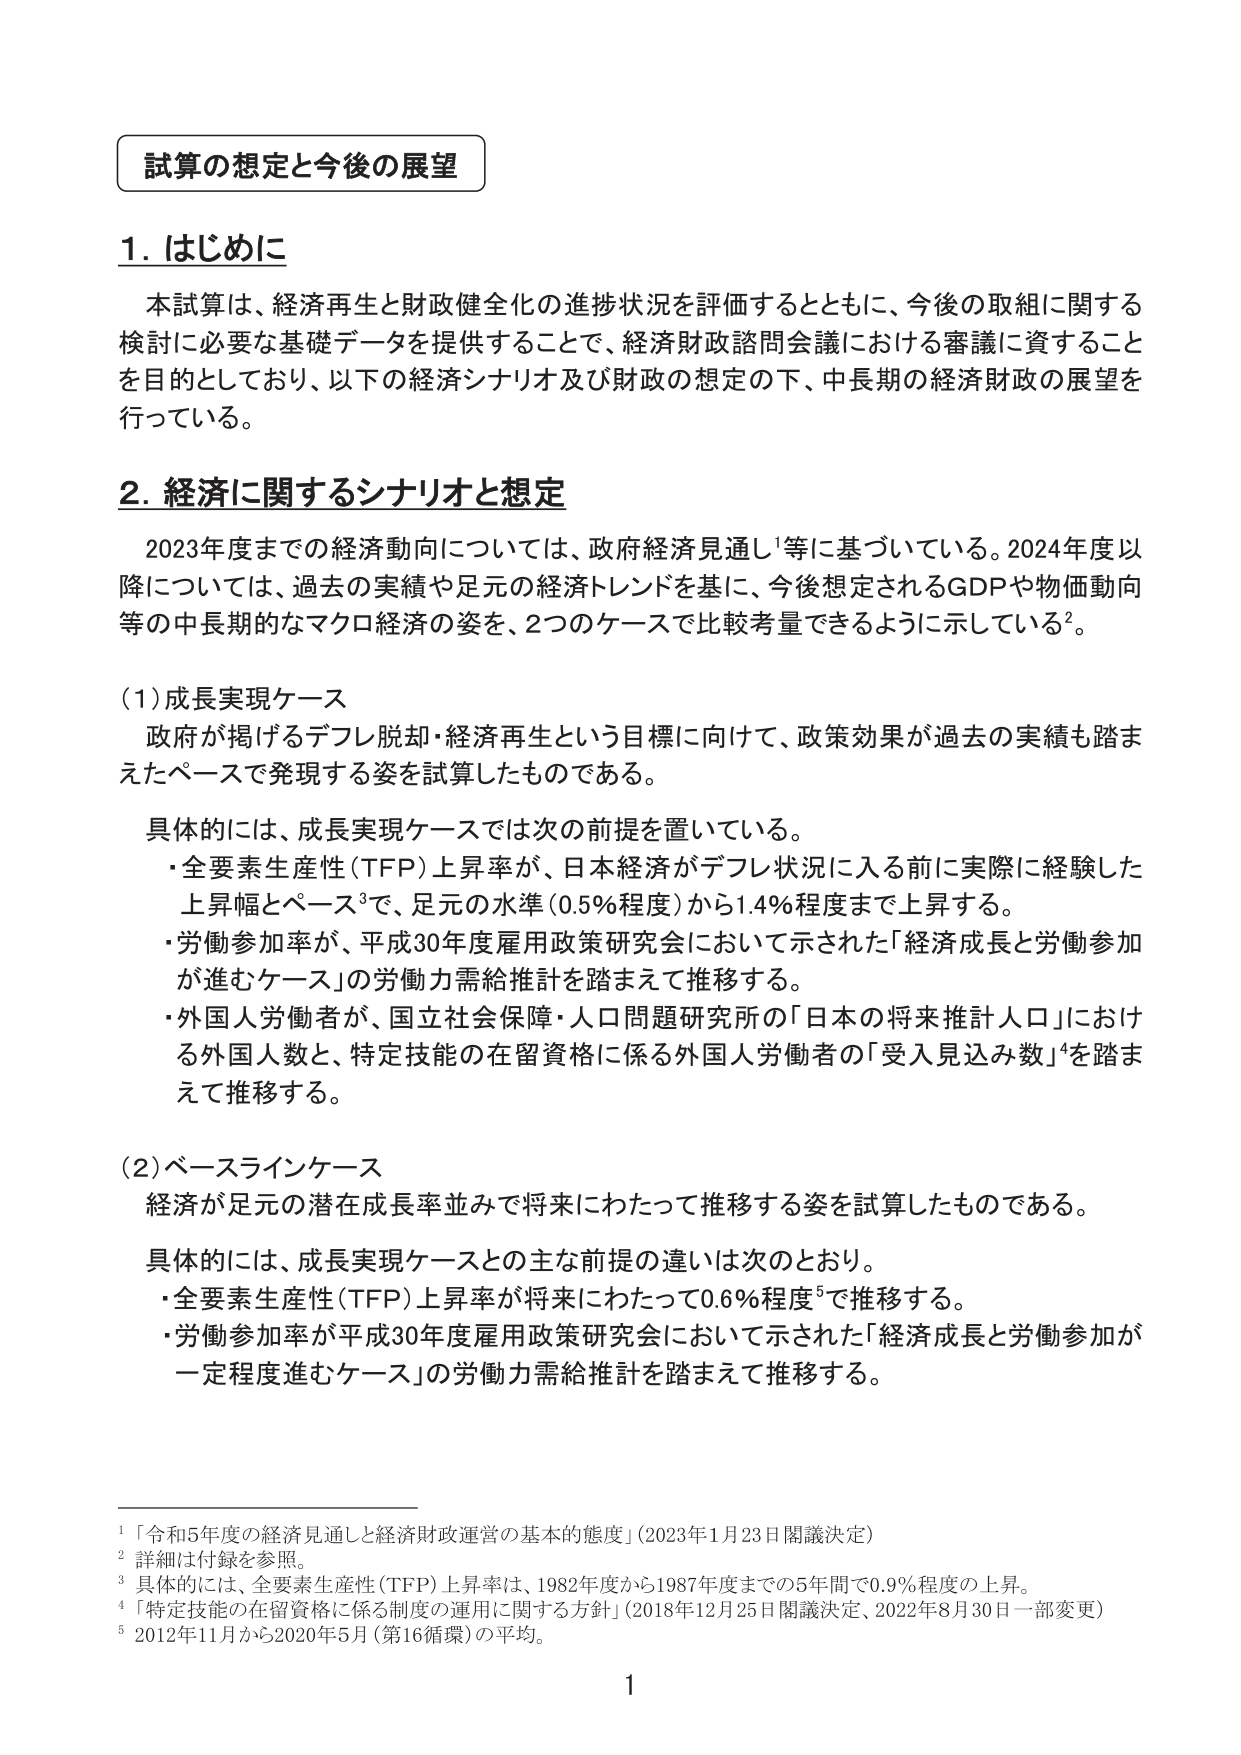
試算の想定と今後の展望

1. はじめに
本試算は、経済再生と財政健全化の進捗状況を評価するとともに、今後の取組に関する検討に必要な基礎データを提供することで、経済財政諮問会議における審議に資することを目的としており、以下の経済シナリオ及び財政の想定の下、中長期の経済財政の展望を行っている。

2. 経済に関するシナリオと想定
2023年度までの経済動向については、政府経済見通し¹等に基づいている。2024年度以降については、過去の実績や足元の経済トレンドを基に、今後想定されるGDPや物価動向等の中長期的なマクロ経済の姿を、2つのケースで比較考量できるように示している²。

(1) 成長実現ケース
政府が掲げるデフレ脱却・経済再生という目標に向けて、政策効果が過去の実績も踏まえたペースで発現する姿を試算したものである。

具体的には、成長実現ケースでは次の前提を置いている。
・全要素生産性（TFP）上昇率が、日本経済がデフレ状況に入る前に実際に経験した上昇幅とペース³で、足元の水準（0.5％程度）から1.4％程度まで上昇する。
・労働参加率が、平成30年度雇用政策研究会において示された「経済成長と労働参加が進むケース」の労働力需給推計を踏まえて推移する。
・外国人労働者が、国立社会保障・人口問題研究所の「日本の将来推計人口」における外国人数と、特定技能の在留資格に係る外国人労働者の「受入見込み数」⁴を踏まえて推移する。

(2) ベースラインケース
経済が足元の潜在成長率並みで将来にわたって推移する姿を試算したものである。

具体的には、成長実現ケースとの主な前提の違いは次のとおり。
・全要素生産性（TFP）上昇率が将来にわたって0.6％程度⁵で推移する。
・労働参加率が平成30年度雇用政策研究会において示された「経済成長と労働参加が一定程度進むケース」の労働力需給推計を踏まえて推移する。

¹「令和5年度の経済見通しと経済財政運営の基本的態度」（2023年1月23日閣議決定）
² 詳細は付録を参照。
³ 具体的には、全要素生産性（TFP）上昇率は、1982年度から1987年度までの5年間で0.9％程度の上昇。
⁴「特定技能の在留資格に係る制度の運用に関する方針」（2018年12月25日閣議決定、2022年8月30日一部変更）
⁵ 2012年11月から2020年5月（第16循環）の平均。

1